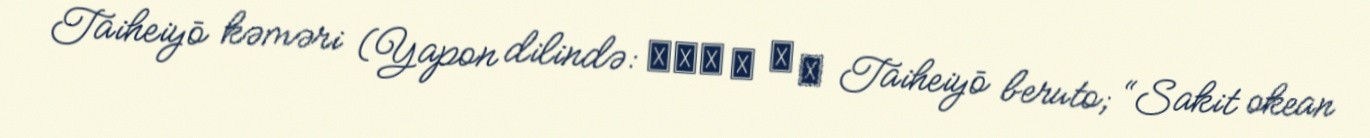
Taiheiyō kəməri (Yapon dilində: 太平洋 ベ ル ト Taiheiyō beruto; “Sakit okean